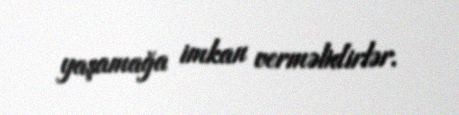
yaşamağa imkan verməlidirlər.